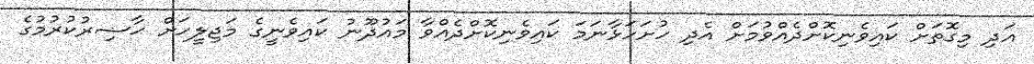
އަދި މިގޮތަށް ކައިވެނިކޮށްދެއްވުމަށް އެދި ހުށަހަޅާނަމަ ކައިވެނިކޮށްދެއްވާ މައުޛޫނު ކައިވެނީގެ މަޖިލީހަށް ޙާޟިރުކުރުމުގެ